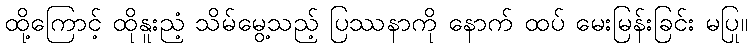
ထို့ကြောင့် ထိုနူးညံ့ သိမ်မွေ့သည့် ပြဿနာကို နောက် ထပ် မေးမြန်းခြင်း မပြု။